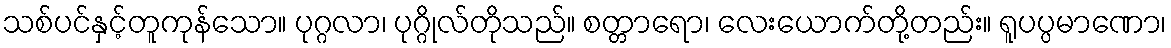
သစ်ပင်နှင့်တူကုန်သော။ ပုဂ္ဂလာ၊ ပုဂ္ဂိုလ်တိုသည်။ စတ္တာရော၊ လေးယောက်တို့တည်း။ ရူပပ္ပမာဏော၊